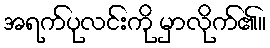
အရက်ပုလင်းကို မှာလိုက်၏။